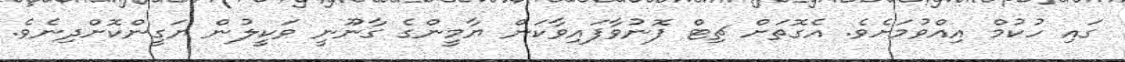
ގައި ހުކުމް އިއްވުމަށެވެ. އެގޮތަށް ޗިޓް ފޮނުވާފައިވާކަން ޔާމީންގެ ގާނޫނީ ވަކީލުން ޔަގީންކޮށްދިނެވެ.